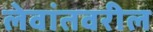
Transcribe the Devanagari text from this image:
लेवांतवरील